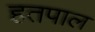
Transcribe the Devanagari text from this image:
हतपाल